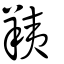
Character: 羠